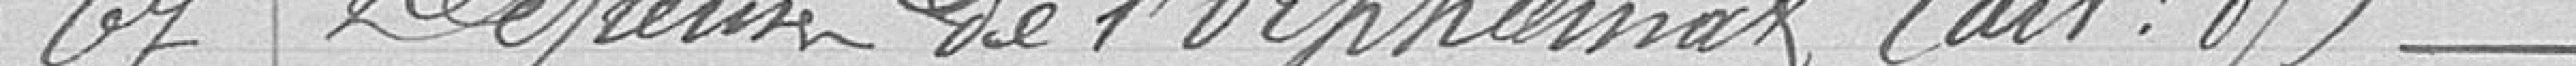
67 Dépenses de l'orphelinat (art : 89)